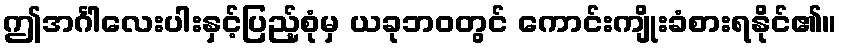
ဤအင်္ဂါလေးပါးနှင့်ပြည့်စုံမှ ယခုဘဝတွင် ကောင်းကျိုးခံစားရနိုင်၏။